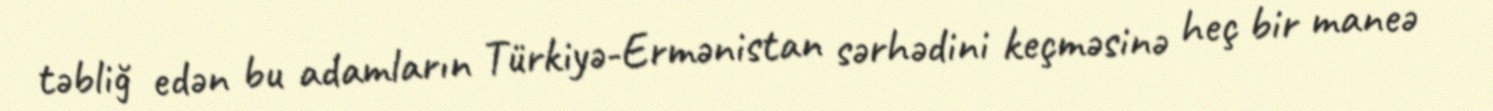
təbliğ edən bu adamların Türkiyə-Ermənistan sərhədini keçməsinə heç bir maneə